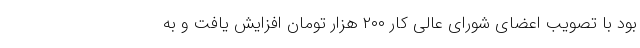
بود با تصویب اعضای شورای عالی کار ۲۰۰ هزار تومان افزایش یافت و به